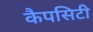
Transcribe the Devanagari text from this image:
कैपसिटी